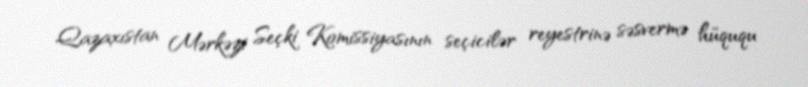
Qazaxıstan Mərkəzi Seçki Komissiyasının seçicilər reyestrinə səsvermə hüququ